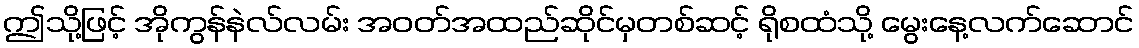
ဤသို့ဖြင့် အိုကွန်နဲလ်လမ်း အဝတ်အထည်ဆိုင်မှတစ်ဆင့် ရိုစထံသို့ မွေးနေ့လက်ဆောင်